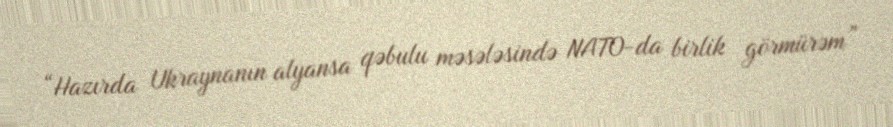
“Hazırda Ukraynanın alyansa qəbulu məsələsində NATO-da birlik görmürəm”